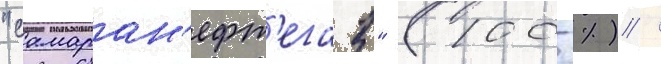
"самаран'ефт'егаз" (100 %) /